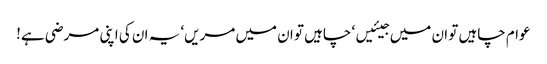
عوام چاہیں تو ان میں جیئیں‘ چاہیں تو ان میں مریں‘ یہ ان کی اپنی مرضی ہے!